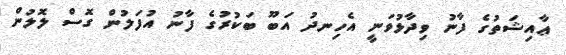
ޢާއިޝަތުގެ ފާނު ވިދާޅުވަނީ އެހިނދު އަބޫ ބަކުރުގެ ފާނު އުފަލުން ގޮސް ލޮލުން